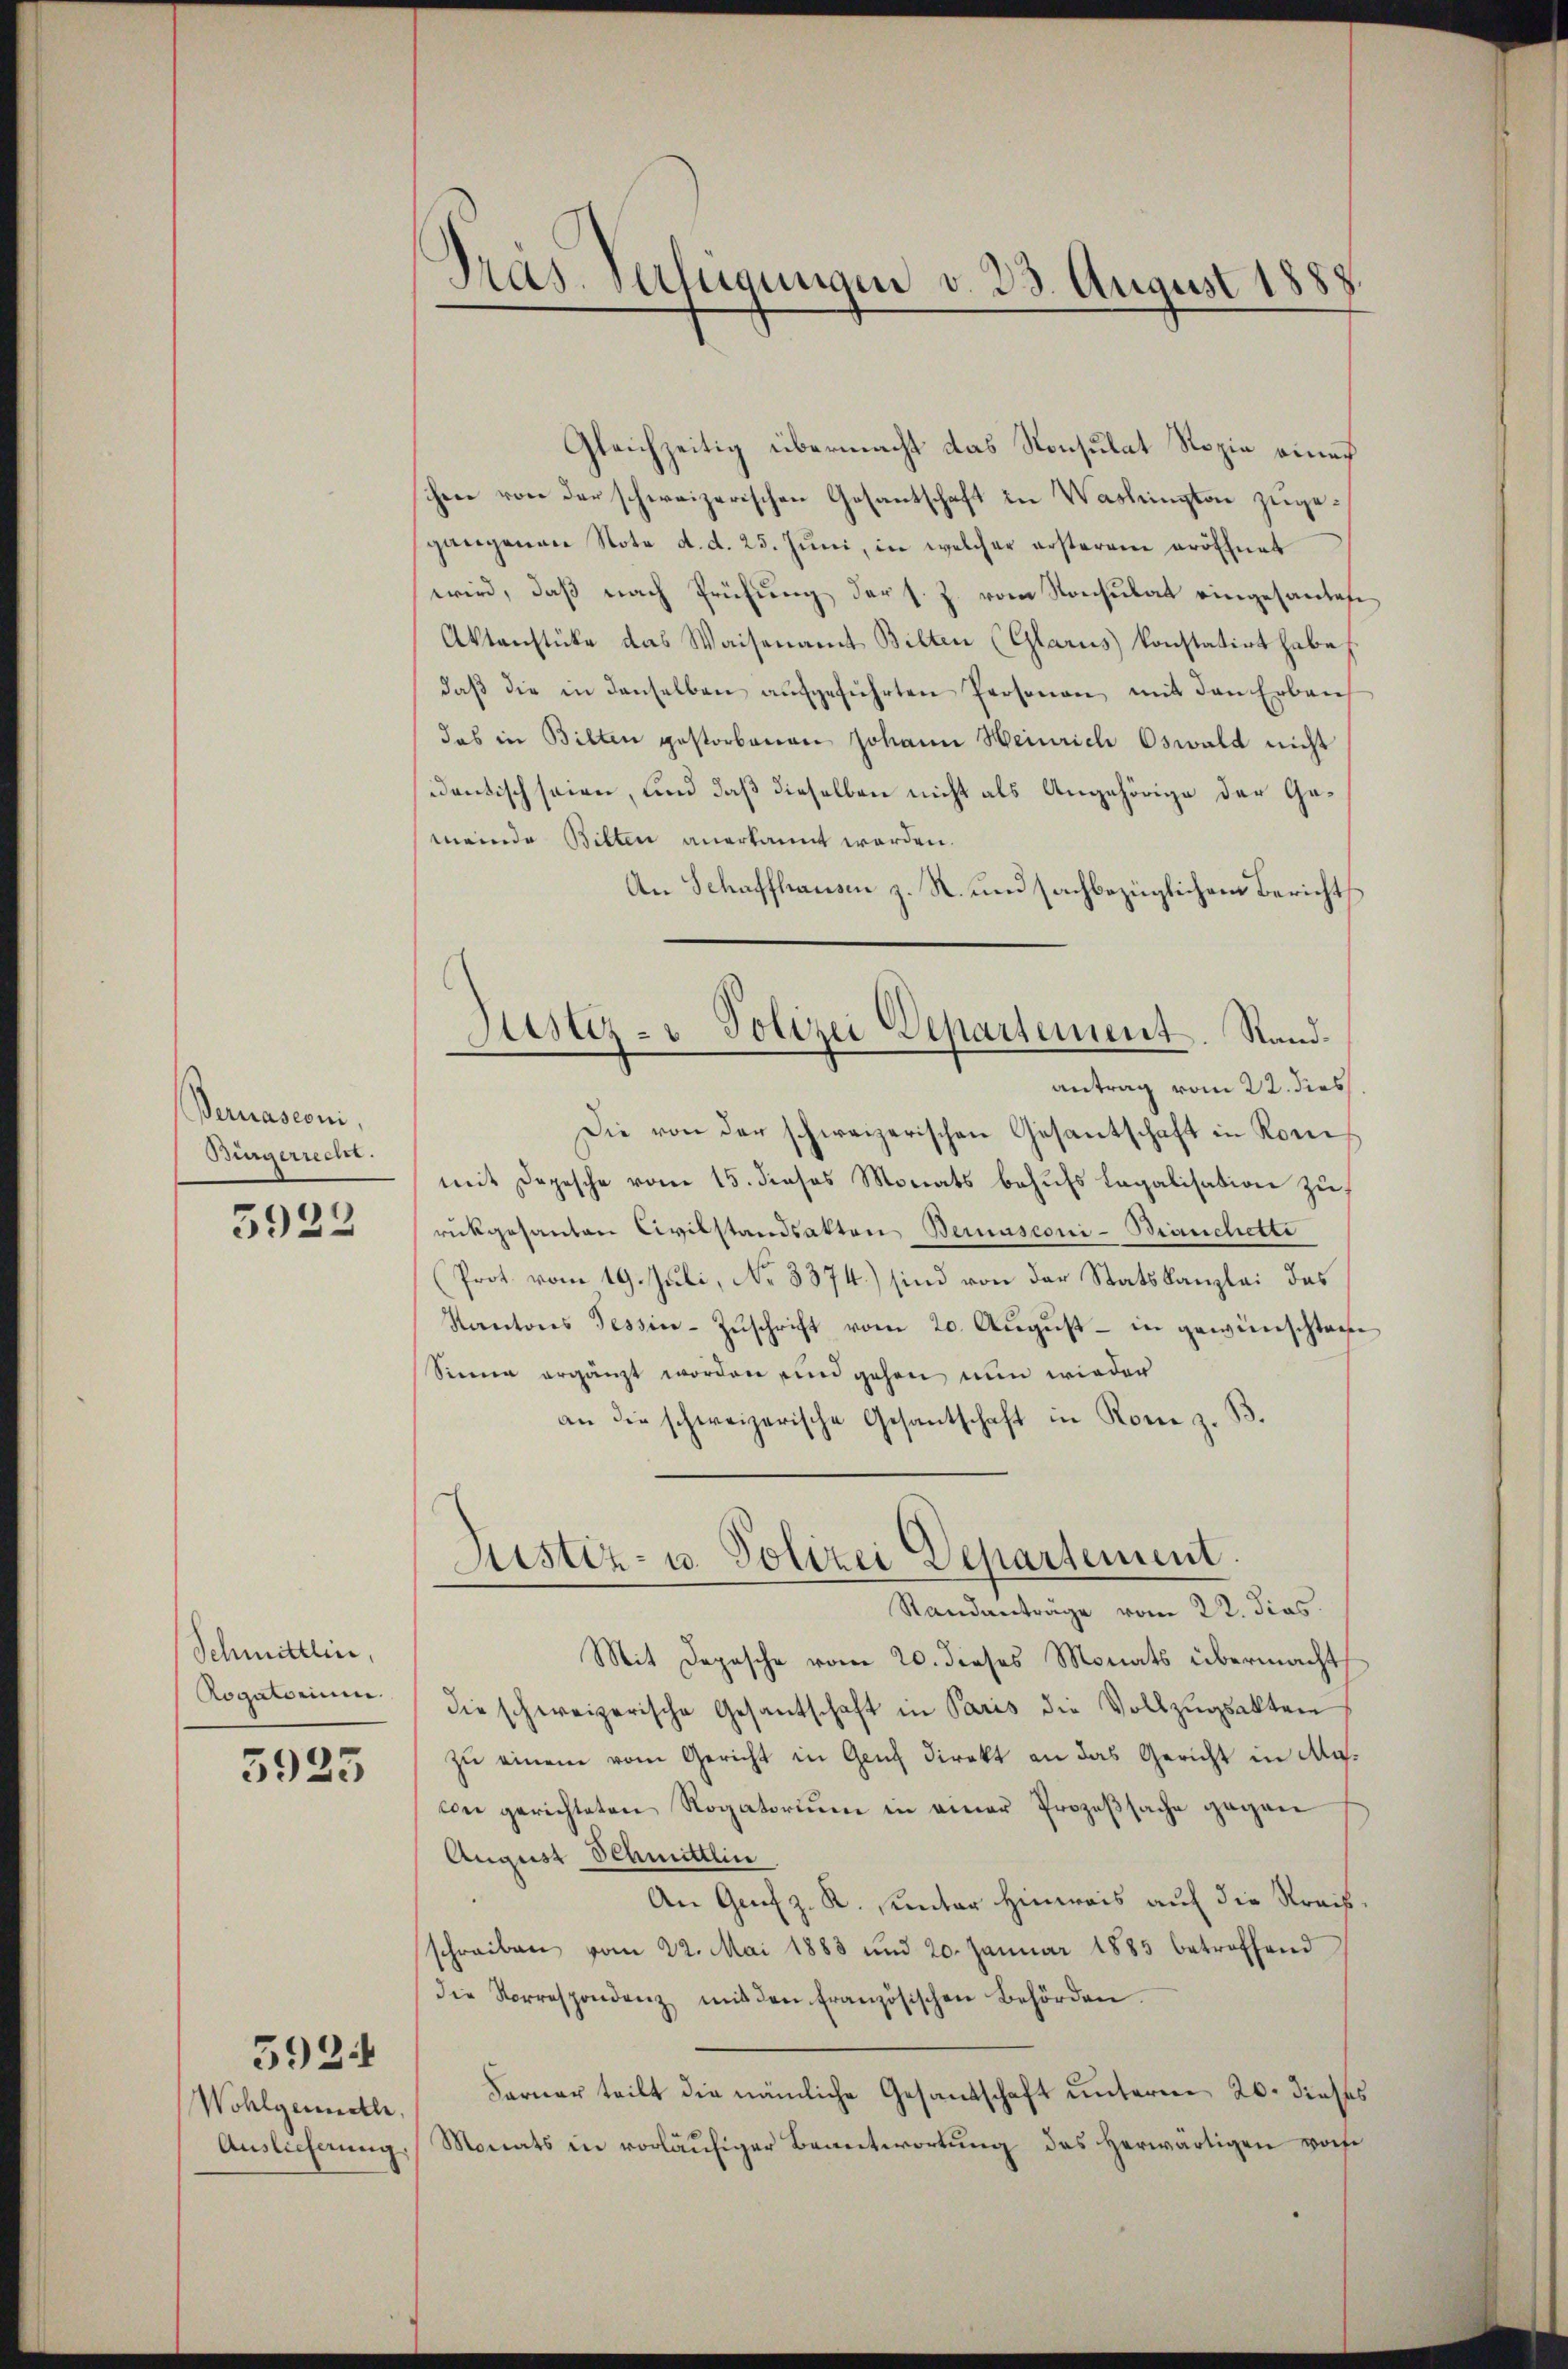
Bernasconi,
Bürgerrecht.

5922

Schmittlin,
Rogatorium.

5925

Wohlgemeile,
Auslieferung.

5924

Pras. Verfügungen v. 23. August 1888

Gleichzeitig übermacht das Konsulat Ropie eines
hen von der schweizerischen Gesantschaft in Washington zugegangenaue Nota d. d. 25. Jŭni, in welcher ersterem eröffnet
wird, daβ nach Prüfŭng der s. Z. vom Konsulat eingesantete
Aktenstüke das Waisenamt Bilten (Glarus konstatirt habe f.
daβ die in denselben aŭfgeführten Personen, mit den Erbaus
das in Bilten gestorbenen Johann Heinrich Oswald nicht
identisch seien, und daß dieselben nicht als Angehörige der Gemeinde Bilten anerkannt worden.
An Schaffhausen z. R. und sachbezüglichem Berichts
antrag vom 22. dies
Die von der schweizerischen Gesantschaft in Rom
mit Depesche vom 15. dieses Monats behŭfs Legalisation zu
rückgesanten Civilstandsakten Bernasconi-Branchette
Prot. vom 19. Juli, No 8374.) sind von der Statskanzlei das
Kantons Tessin-Zŭschrift vom 20. Aŭgŭst - in gewünschtanse
Sinne ergänzt worden sind gehen nun wieder
an die schweizerische Gesantschaft in Korre z. B.
Justiz- u. Polizei Departement.
Standanträge vom 22. dies
Mit Depesche vom 20. dieses Monats übermacht
die schweizerische Gesantschaft in Paris die Vollzŭgsakten
zu einem vom Gericht in Genf direkt an das Gericht in Macon gerichteten Rogatorium in einer Prozeßsache gegen
August Schmittlin
An Genf z. R. unter Hinweis auf die Kreisschreiben vom 22. Mai 1883 und 20. Januar 1885 betreffend
die Vorrespondenz mit den französischen Behörden.
Farner teilt die nämliche Gesandschaft unterm 20. dieses
Monats in vorläufiger Beantwortung des herwärtigen worfe

Justiz- & Polizei Departement. Rand¬